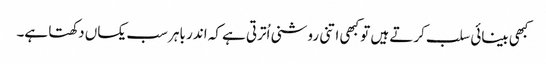
کبھی بینائی سلب کرتے ہیں تو کبھی اتنی روشنی اُترتی ہے کہ اندر باہر سب یکساں دکھتا ہے۔